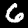
Label: 6